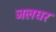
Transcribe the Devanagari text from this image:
जलघर